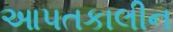
આપતકાલીન